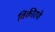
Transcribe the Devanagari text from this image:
विकीरणे